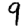
Digit: 9